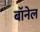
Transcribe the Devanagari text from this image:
बॉनेल